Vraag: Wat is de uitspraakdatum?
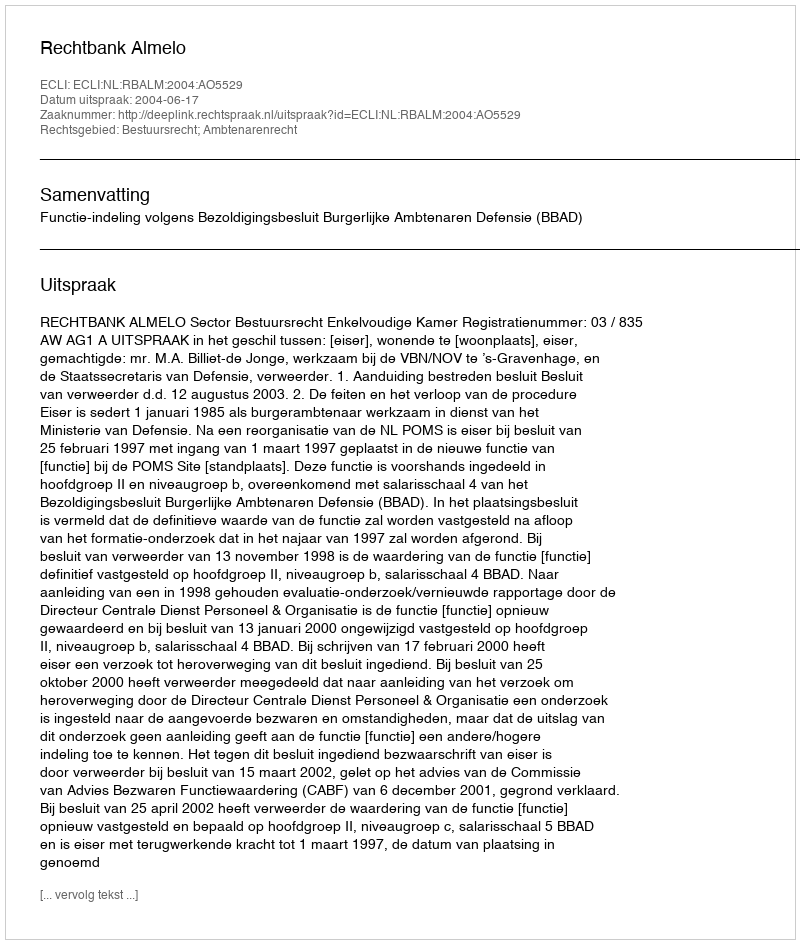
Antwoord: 2004-06-17